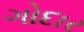
ગોદાર